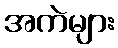
အကဲများ